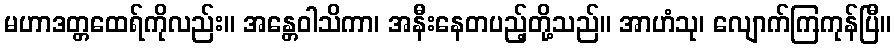
မဟာဒတ္တထေရ်ကိုလည်း။ အန္တေဝါသိကာ၊ အနီးနေတပည့်တို့သည်။ အာဟံသု၊ လျောက်ကြကုန်ပြီ။